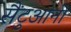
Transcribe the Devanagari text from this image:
सैंटुआनो